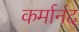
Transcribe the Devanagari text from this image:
कर्मानंद